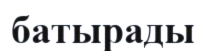
батырады